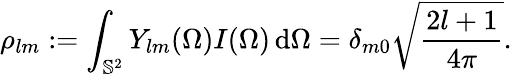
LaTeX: \rho_{lm}:=\int_{\mathbb{S}^{2}}Y_{lm}(\Omega)I(\Omega)\, \mathrm{d}\Omega=\delta_{m0}\sqrt{\frac{2l+1}{4\pi}}.